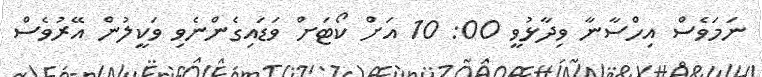
ނަމަވެސް އިހްސާނާ ވިދާޅުވީ 00: 10 އަށް ކޯޓަށް ވަޑައިގެންނެވި ވަކީލުން އޭރުވެސް